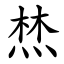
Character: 㷊